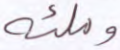
وملئه